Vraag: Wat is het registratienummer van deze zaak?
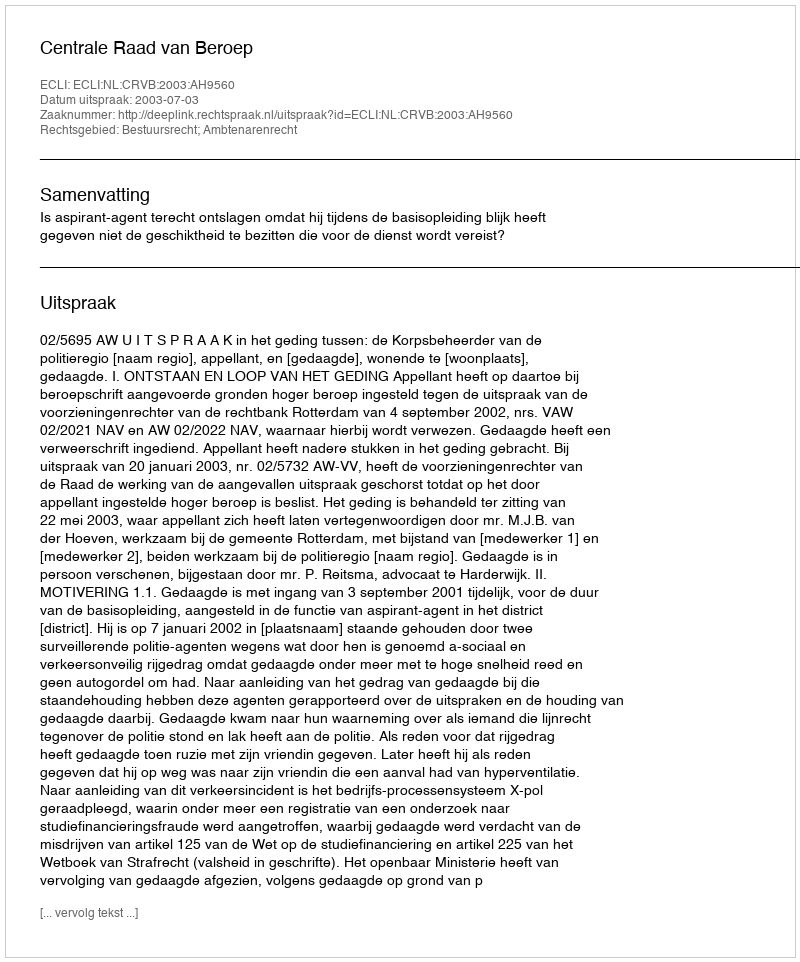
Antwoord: http://deeplink.rechtspraak.nl/uitspraak?id=ECLI:NL:CRVB:2003:AH9560